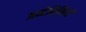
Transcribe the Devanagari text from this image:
अमेरिकियें